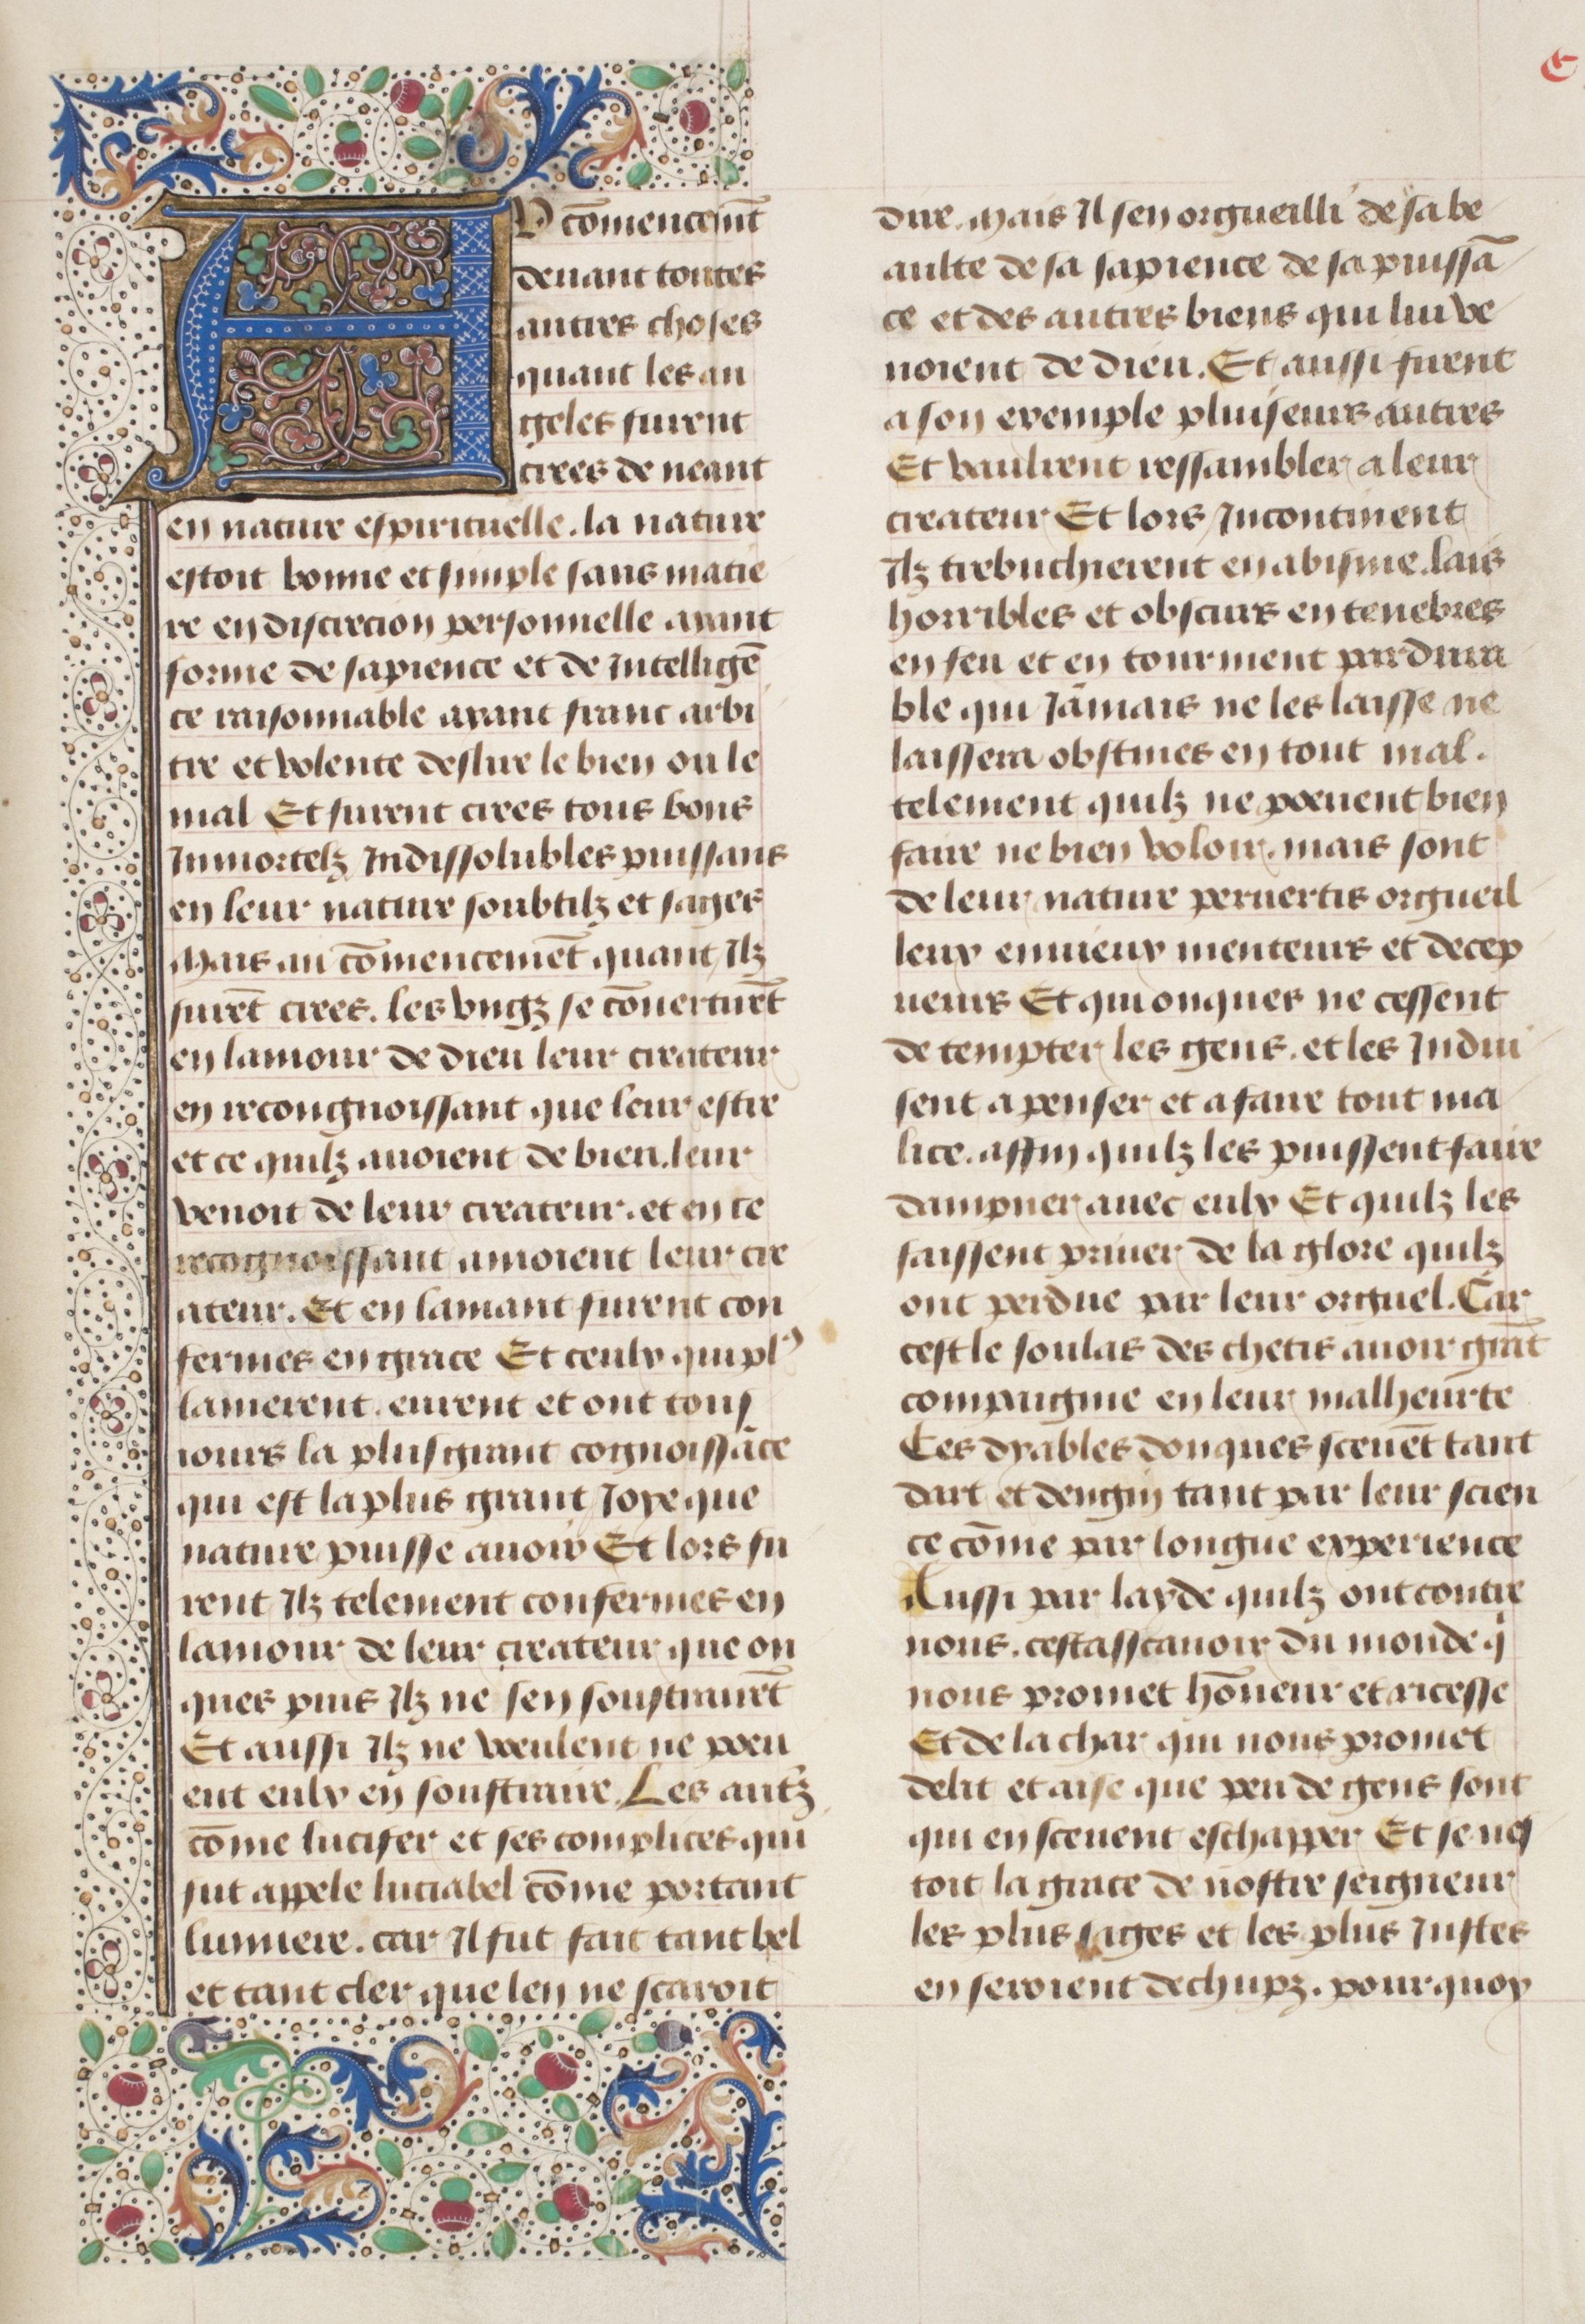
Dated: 1475–1485